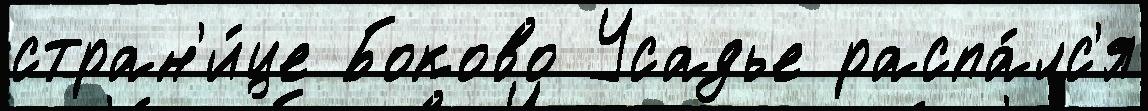
стран'и́це Боково Усадье распа́лс'я